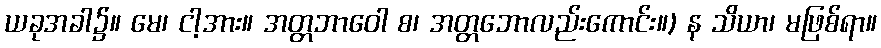
ယခုအခါ၌။ မေ၊ ငါ့အား။ အတ္တဘာဝေါ စ၊ အတ္တဘောလည်းကောင်း။) န သိယာ၊ မဖြစ်ရာ။